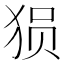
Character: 𰡐